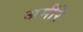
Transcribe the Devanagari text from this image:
अमीरे